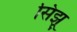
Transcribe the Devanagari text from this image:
सिझू